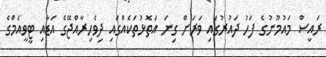
ރައީސް މައުމޫނުގެ ފަހު ދައުރުގައި ވަރަށް ގިނަ އަތޮޅުތަކެއްގައި ދިވެހިރާއްޖޭގެ އަޑާއި ޓީވީއެމްގެ